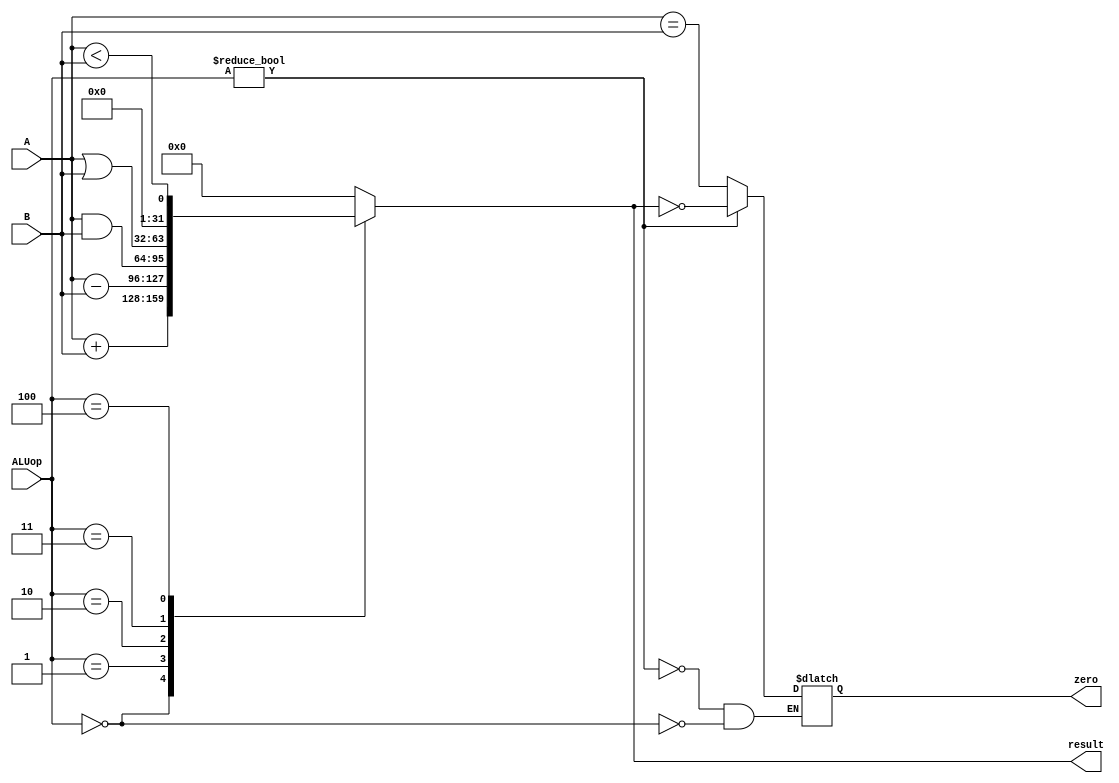
module ALU(
    input [2:0] ALUop, 
    input [31:0] A, B, 
    output reg [31:0] result, 
    output reg zero);
    
  always @(*) begin
    case (ALUop)
      3'b000: begin
        result = A + B;  // ADD
        zero = (A == B); // Set zero flag if A equals B
      end
      3'b001: result = A - B;  // SUB
      3'b010: result = A & B;  // AND
      3'b011: result = A | B;  // OR
      3'b100: result = A < B;  // SLT (set if less than)
      default: result = 32'b0; 
    endcase
    if (ALUop != 3'b000) zero = (result == 0); 
  end
endmodule